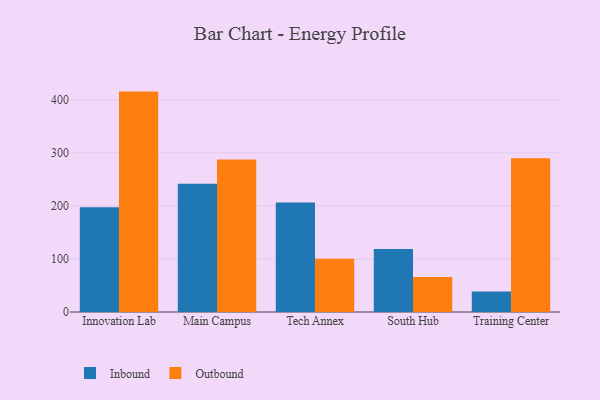
{"axis": {"x": "Campus", "y": "Active Users"}, "legend": ["Inbound", "Outbound"], "data": [{"x": "Innovation Lab", "y": 197.2, "type": "Inbound"}, {"x": "Innovation Lab", "y": 415.4, "type": "Outbound"}, {"x": "Main Campus", "y": 241.6, "type": "Inbound"}, {"x": "Main Campus", "y": 287.3, "type": "Outbound"}, {"x": "Tech Annex", "y": 206.4, "type": "Inbound"}, {"x": "Tech Annex", "y": 100.5, "type": "Outbound"}, {"x": "South Hub", "y": 118.7, "type": "Inbound"}, {"x": "South Hub", "y": 66.1, "type": "Outbound"}, {"x": "Training Center", "y": 38.6, "type": "Inbound"}, {"x": "Training Center", "y": 290.0, "type": "Outbound"}]}